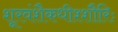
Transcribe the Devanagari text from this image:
शूरवंशैकधीश्शौरिः